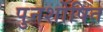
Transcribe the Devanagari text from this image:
पुनर्शोषित